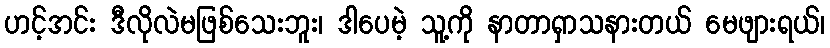
ဟင့်အင်း ဒီလိုလဲမဖြစ်သေးဘူး၊ ဒါပေမဲ့ သူ့ကို နာတာရှာသနားတယ် မေဖျားရယ်၊